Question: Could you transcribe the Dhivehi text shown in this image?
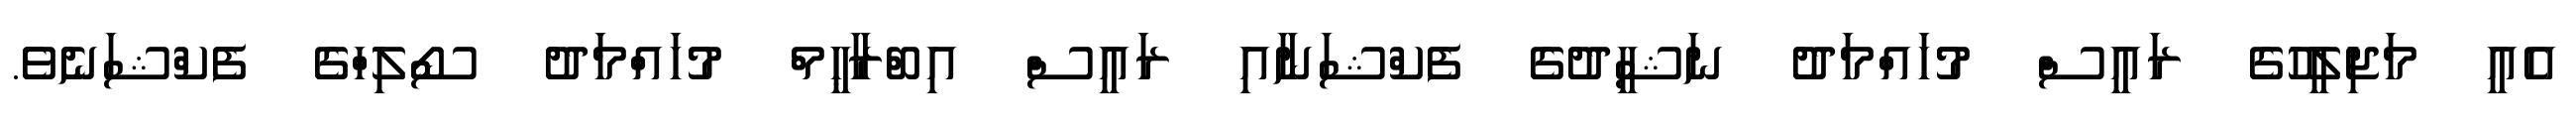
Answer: އެއީ މަޖިލީހުގެ ރައީސް މުހައްމަދު ނަޝީދުގެ ފެކްޝަނާއި ރައީސް އިބްރާޙީމް މުހައްމަދު ސޯލިހްގެ ފެކްޝަނެވެ.